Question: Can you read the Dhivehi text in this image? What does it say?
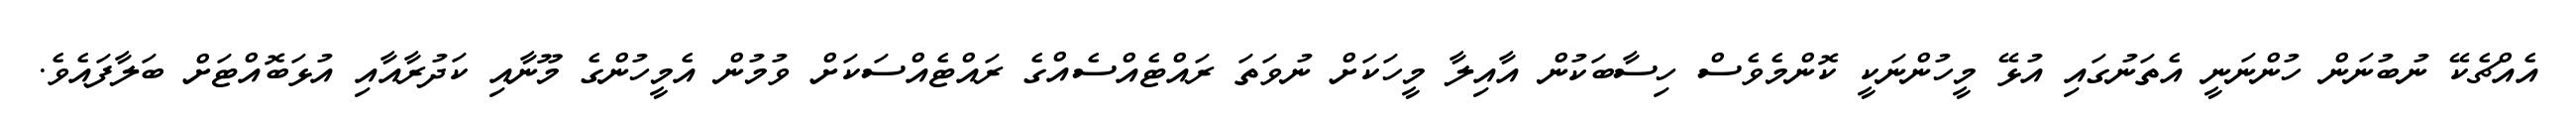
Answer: އެއްޗެކޭ ނުބުނަން ހުންނަނީ އެތަނުގައި އުޅޭ މީހުންނަކީ ކޮންމެވެސް ހިސާބަކުން އާއިލާ މީހަކަށް ނުވަތަ ރައްޓެއްސެއްގެ ރައްޓެއްސަކަށް ވުމުން އެމީހުންގެ މޫނާއި ކަދުރާއާއި އުޅަބޮއްޓަށް ބަލާފައެވެ.